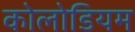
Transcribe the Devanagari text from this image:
कोलोडियम